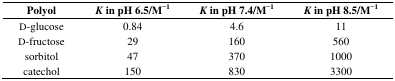
<table><thead><tr><td><b>Polyol</b></td><td><b><i>K</i> in pH 6.5/M<sup>−1</sup></b></td><td><b><i>K</i> in pH 7.4/M<sup>−1</sup></b></td><td><b><i>K</i> in pH 8.5/M<sup>−1</sup></b></td></tr></thead><tbody><tr><td>D-glucose</td><td>0.84</td><td>4.6</td><td>11</td></tr><tr><td>D-fructose</td><td>29</td><td>160</td><td>560</td></tr><tr><td>sorbitol</td><td>47</td><td>370</td><td>1000</td></tr><tr><td>catechol</td><td>150</td><td>830</td><td>3300</td></tr></tbody></table>